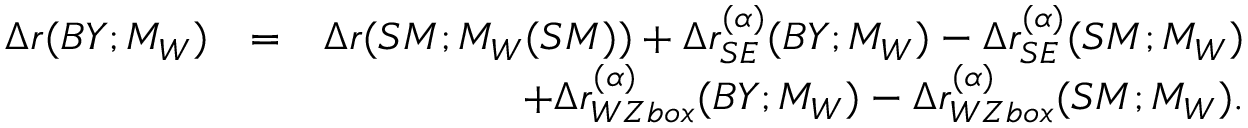
\begin{array} { r l r } { \Delta r ( B Y ; M _ { W } ) } & { = } & { \Delta r ( S M ; M _ { W } ( S M ) ) + \Delta r _ { S E } ^ { ( \alpha ) } ( B Y ; M _ { W } ) - \Delta r _ { S E } ^ { ( \alpha ) } ( S M ; M _ { W } ) } \\ & { } & { + \Delta r _ { W Z b o x } ^ { ( \alpha ) } ( B Y ; M _ { W } ) - \Delta r _ { W Z b o x } ^ { ( \alpha ) } ( S M ; M _ { W } ) . } \end{array}